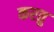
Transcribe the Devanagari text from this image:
करतु